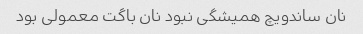
نان ساندویچ همیشگی نبود نان باگت معمولی بود